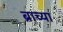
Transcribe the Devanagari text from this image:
ब्राच्या